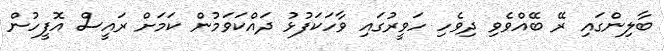
ބާލިންގައި ރޭ ބޭއްވެވި ދިވެހި ހަވީރުގައި ވާހަކަފުޅު ދައްކަވަމުން ކަމަށް ރައީސް އޮފީހުން